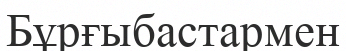
Бұрғыбастармен